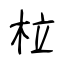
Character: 柆